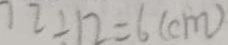
7 2 \div 1 2 = 6 ( c m )